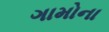
ગામોના